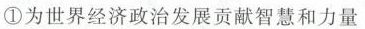
①为世界经济政治发展贡献智慧和力量